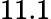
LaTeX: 11.1